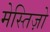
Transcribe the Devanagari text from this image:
मेस्तिज़ो